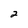
Character: 2